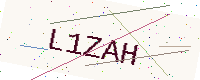
Text: L1ZAH